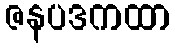
ဇနပဒကထာ